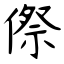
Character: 傺